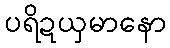
ပရိဍယှမာနော